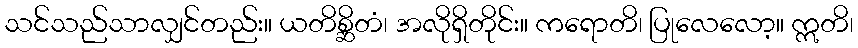
သင်သည်သာလျှင်တည်း။ ယတိစ္ဆိတံ၊ အလိုရှိတိုင်း။ ကရောတိ၊ ပြုလေလော့။ ဣတိ၊